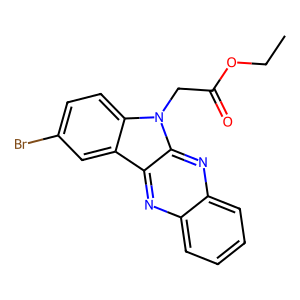
SMILES: CCOC(=O)Cn1c2ccc(Br)cc2c2nc3ccccc3nc21
Inhibits HIV replication: No